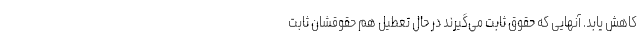
کاهش یابد. آنهایی که حقوق ثابت می‌گیرند در حال تعطیل هم حقوقشان ثابت